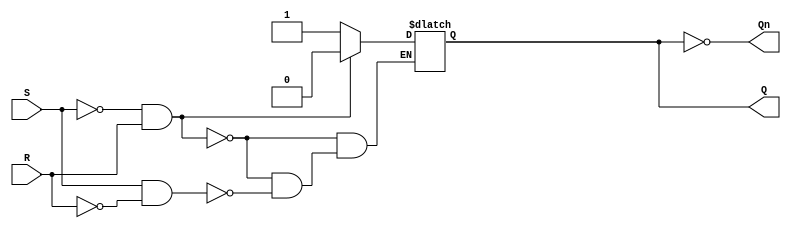
module SR_Latch(
    input S,
    input R,
    output Q,
    output Qn
);

    reg Q_reg = 1'b0;

    always @(*) begin
        if(!S && R) Q_reg = 1'b0;
        else if(S && !R) Q_reg = 1'b1;
    end

    assign Q = Q_reg;
    assign Qn = ~Q_reg;

endmodule